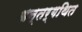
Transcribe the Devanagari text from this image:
अन्तर्गथित